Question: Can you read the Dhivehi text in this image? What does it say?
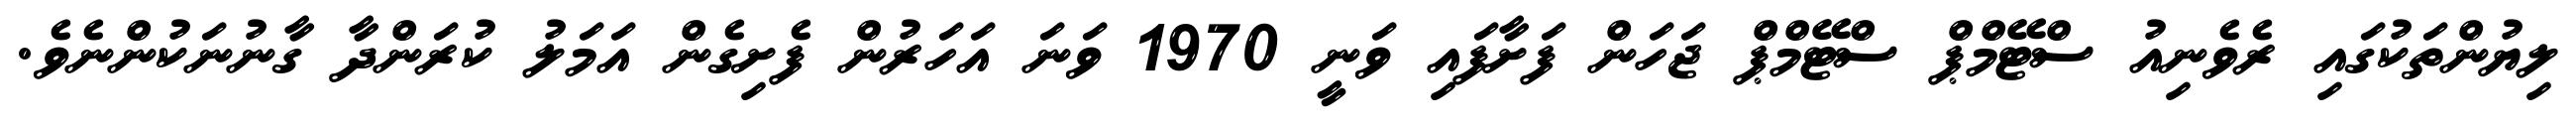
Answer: ލިޔުންތަކުގައި ރެވެނިއު ސްޓޭމްޕް ސްޓޭމްޕް ޖަހަން ފަށާފައި ވަނީ 1970 ވަނަ އަހަރުން ފެށިގެން އަމަލު ކުރަންދާ ގާނުނަކުންނެވެ.